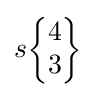
s{\begin{Bmatrix}4\\3\end{Bmatrix}}